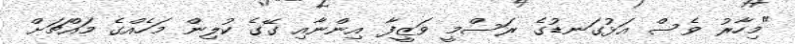
"މިހާރު ވެސް އަޅުގަނޑުގެ ރަސްމީ ވަޒީފާ އިންނާއި ގޭގެ ކުލިން މަހެއްގެ މައްޗަށް